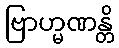
ဗြာဟ္မဏန္တိ